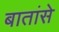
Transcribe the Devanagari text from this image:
बातांसे